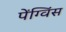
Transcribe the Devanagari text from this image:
पेंग्विंस